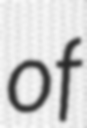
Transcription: of